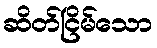
ဆိတ်ငြိမ်သော